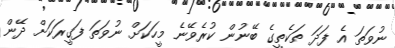
ނުވަތަ އެ ފަދަ ތަކެތީގެ ބޭނުން ކުރެވޭނެ މީހަކަށް ނުވަތަ ފަގީރަކަށް ދޭން